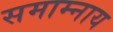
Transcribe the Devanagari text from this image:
समाम्नाय